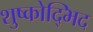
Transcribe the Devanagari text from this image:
शुष्कोद्भिद